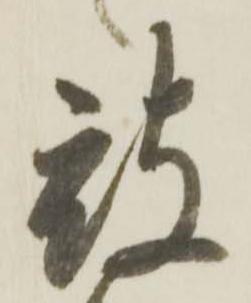
被